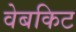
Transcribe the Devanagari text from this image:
वेबकिट